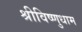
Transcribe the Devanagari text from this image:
श्रीविष्णुधाम